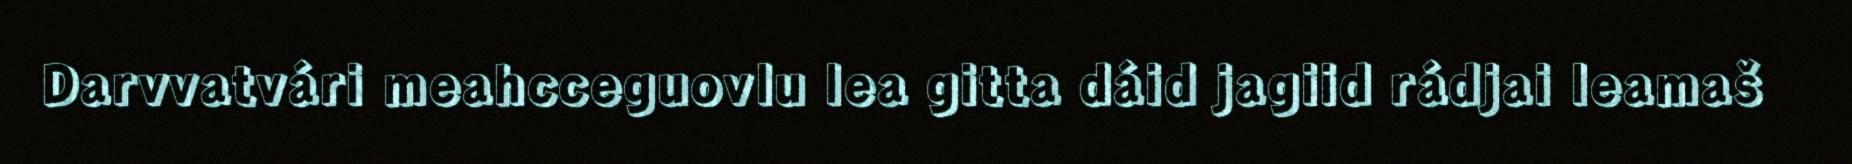
Darvvatvári meahcceguovlu lea gitta dáid jagiid rádjai leamaš